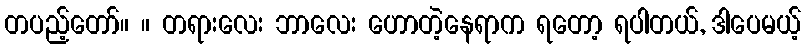
တပည့်တော်။ ။ တရားလေး ဘာလေး ဟောတဲ့နေရာက ရတော့ ရပါတယ်, ဒါပေမယ့်